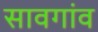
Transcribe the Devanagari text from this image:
सावगांव